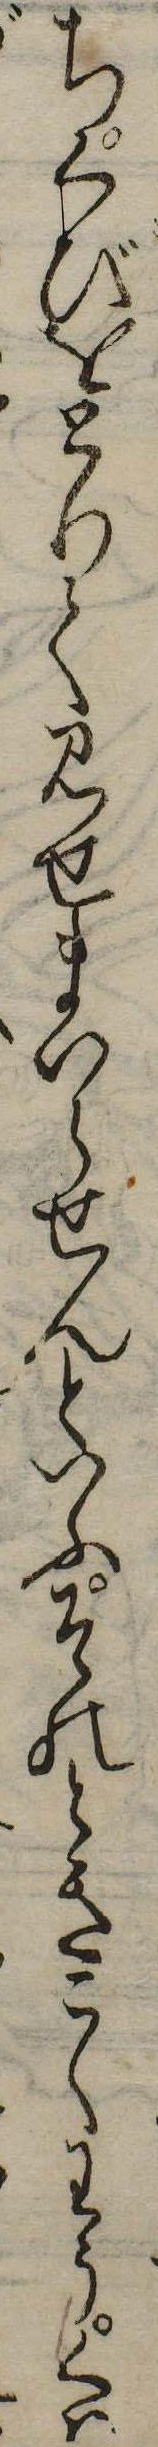
ちくびをとりて見せまいらせんといふそのときこくわうくは